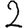
Digit: 2